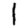
Digit: 1